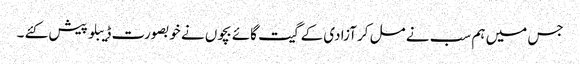
جس میں ہم سب نے مل کر آزادی کے گیت گائے بچوں نے خوبصورت ڈیبلو پیش کئے ۔